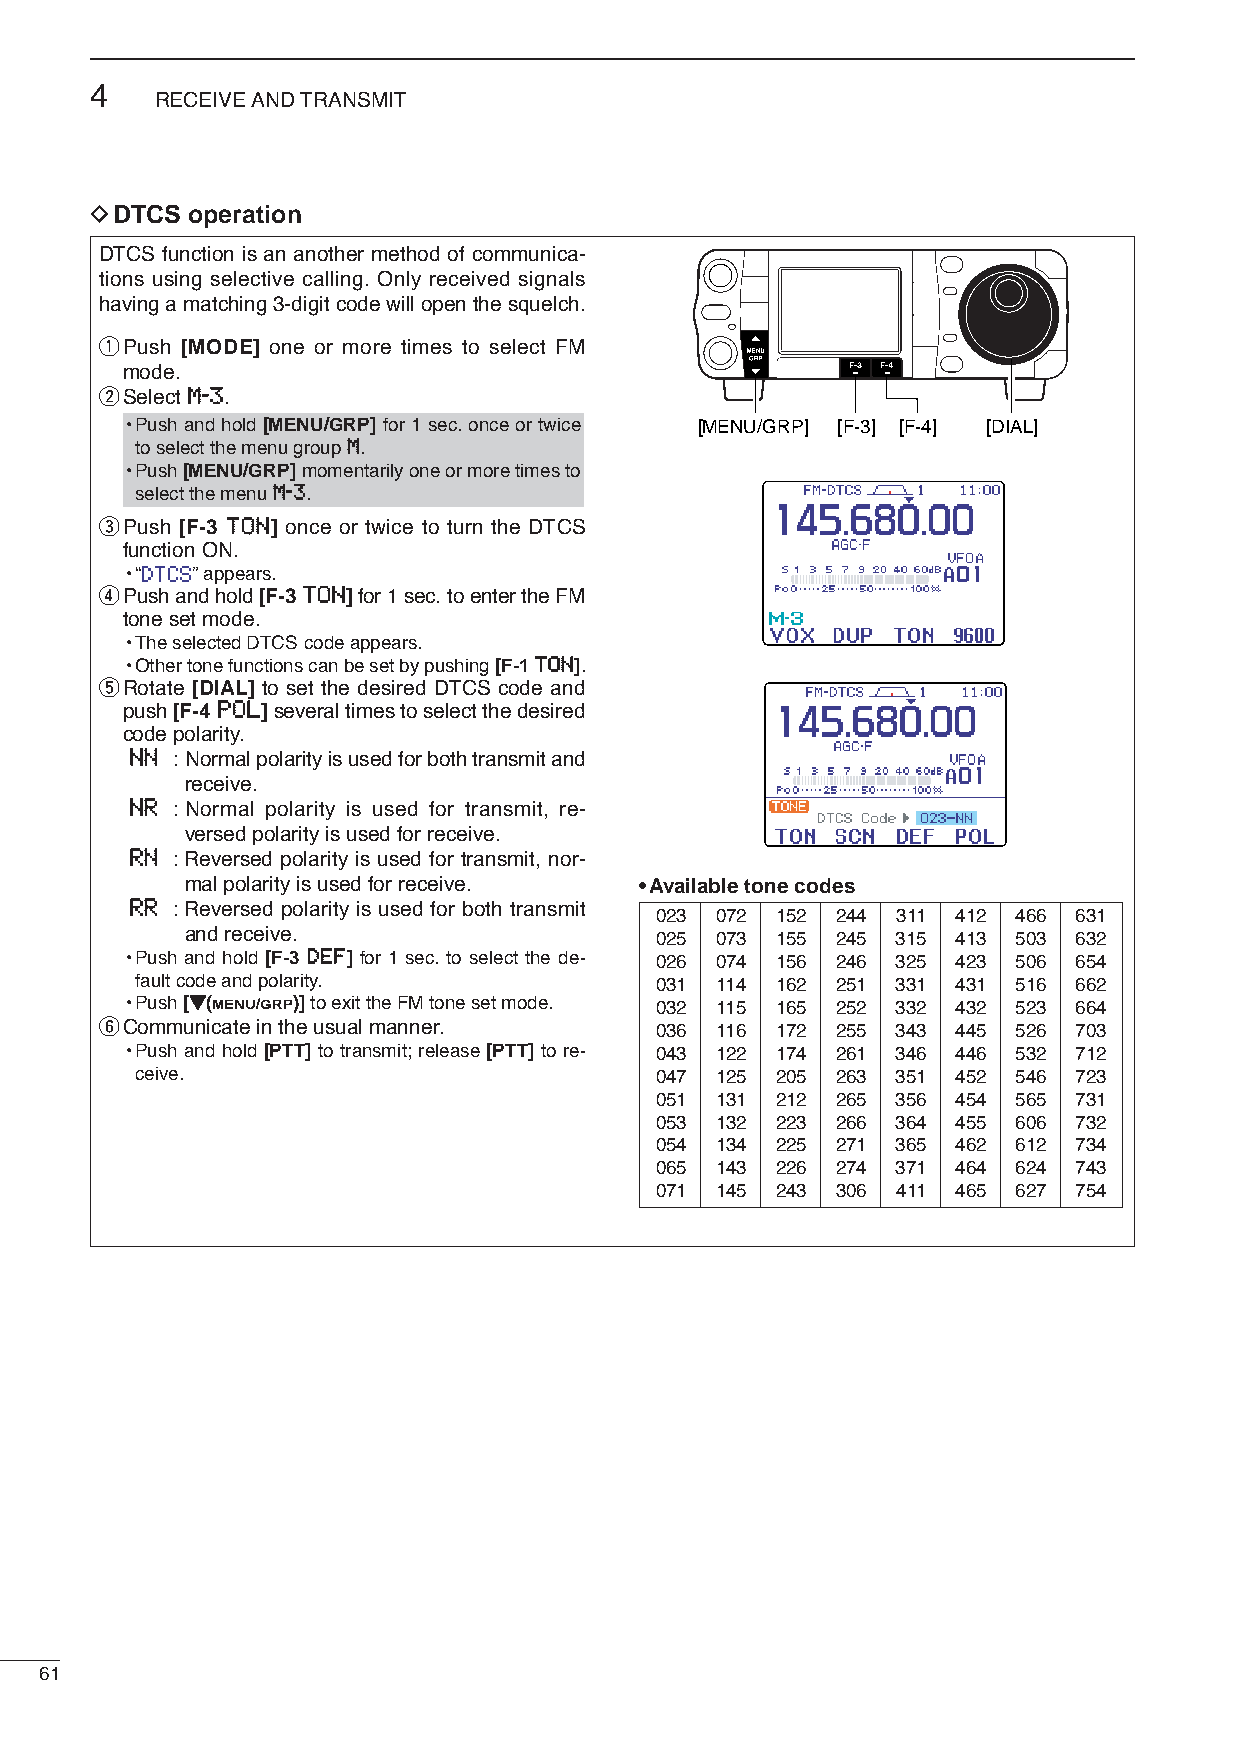
4
 RECEIVE AND TRANSMIT
 DDTCS operation
 DTCS function is an another method of communica-
 tions using selective calling. Only received signals
 having a matching 3-digit code will open the squelch.
 qPush [MODE] one or more times to select FM
 mode.
 wSelect MM--33.
 •Push and hold [MENU/GRP] for 1 sec. once or twice [MENU/GRP] [F-3] [F-4] [DIAL]
 to select the menu group MM.
 •Push [MENU/GRP]momentarily one or more times to
 select the menu MM--33.
 ePush [F-3 TTOONN] once or twice to turn the DTCS
 function ON.
 •“   ”appears.
 rPush and hold [F-3 TTOONN]for 1 sec. to enter the FM
 tone set mode.
 •The selected DTCS code appears.
 •Other tone functions can be set by pushing [F-1 TTOONN].
 tRotate [DIAL] to set the desired DTCS code and
 push [F-4 PPOOLL]several times to select the desired
 code polarity.
 NNNN : Normal polarity is used for both transmit and
 receive.
 NNRR : Normal polarity is used for transmit, re-
 versed polarity is used for receive.
 RRNN : Reversed polarity is used for transmit, nor-
 mal polarity is used for receive. •Available tone codes
 RRRR : Reversed polarity is used for both transmit
 023 072 152 244 311 412 466 631
 and receive.                   025 073 155 245 315 413 503 632
 •Push and hold [F-3 DDEEFF] for 1 sec. to select the de- 026 074 156 246 325 423 506 654
 fault code and polarity.          031 114 162 251 331 431 516 662
 •Push [ZZ(MENU/GRP)]to exit the FM tone set mode. 032 115 165 252 332 432 523 664
 yCommunicate in the usual manner.   036 116 172 255 343 445 526 703
 •Push and hold [PTT] to transmit; release [PTT] to re- 043 122 174 261 346 446 532 712
 ceive.                            047 125 205 263 351 452 546 723
 051 131 212 265 356 454 565 731
 053 132 223 266 364 455 606 732
 054 134 225 271 365 462 612 734
 065 143 226 274 371 464 624 743
 071 145 243 306 411 465 627 754
 61